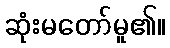
ဆုံးမတော်မူ၏။